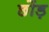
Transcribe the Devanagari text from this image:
छोंड़